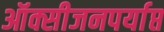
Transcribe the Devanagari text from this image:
ऑक्सीजनपर्याप्त